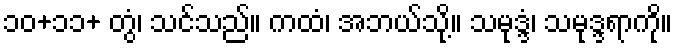
၁၀+၁၁+ တွံ၊ သင်သည်။ ကထံ၊ အဘယ်သို့။ သမုဒ္ဒံ၊ သမုဒ္ဒရာကို။